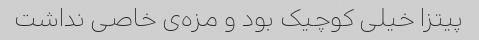
پیتزا خیلی کوچیک بود و مزه‌ی خاصی نداشت